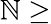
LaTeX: \mathbb{N}\geq